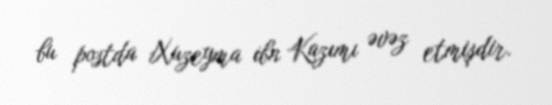
bu postda Xuzeyma ibn Kazımı əvəz etmişdir.